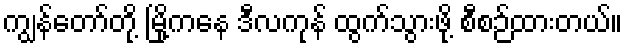
ကျွန်တော်တို့ မြို့ကနေ ဒီလကုန် ထွက်သွားဖို့ စီစဉ်ထားတယ်။